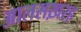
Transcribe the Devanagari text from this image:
आलसख़रह